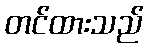
တင်ထားသည်